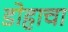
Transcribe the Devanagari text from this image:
डोहाचा